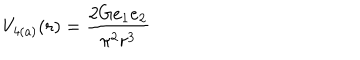
V _ { \mathrm { 4 ( a ) } } ( r ) = \frac { 2 G e _ { 1 } e _ { 2 } } { \pi ^ { 2 } r ^ { 3 } }